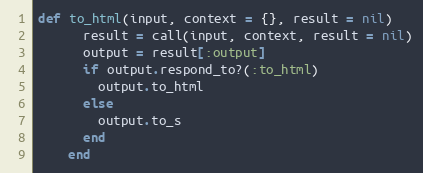
Language: Ruby
def to_html(input, context = {}, result = nil)
      result = call(input, context, result = nil)
      output = result[:output]
      if output.respond_to?(:to_html)
        output.to_html
      else
        output.to_s
      end
    end